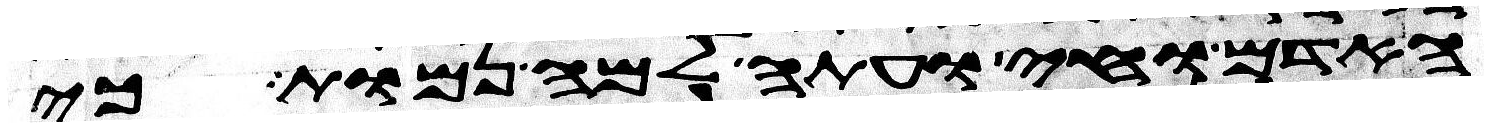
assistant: האדם וחי ועתה למה נמות כי